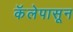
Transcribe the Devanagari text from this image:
कॅलेपासून